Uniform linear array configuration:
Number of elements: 24
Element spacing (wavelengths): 0.5
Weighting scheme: hann
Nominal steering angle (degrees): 30
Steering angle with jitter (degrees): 30.603
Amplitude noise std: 0.05
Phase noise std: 0.05

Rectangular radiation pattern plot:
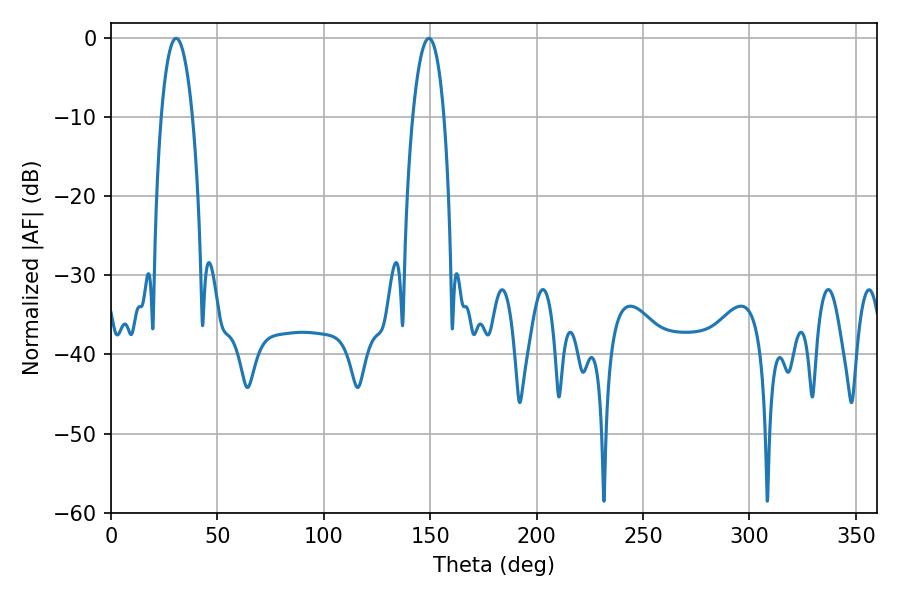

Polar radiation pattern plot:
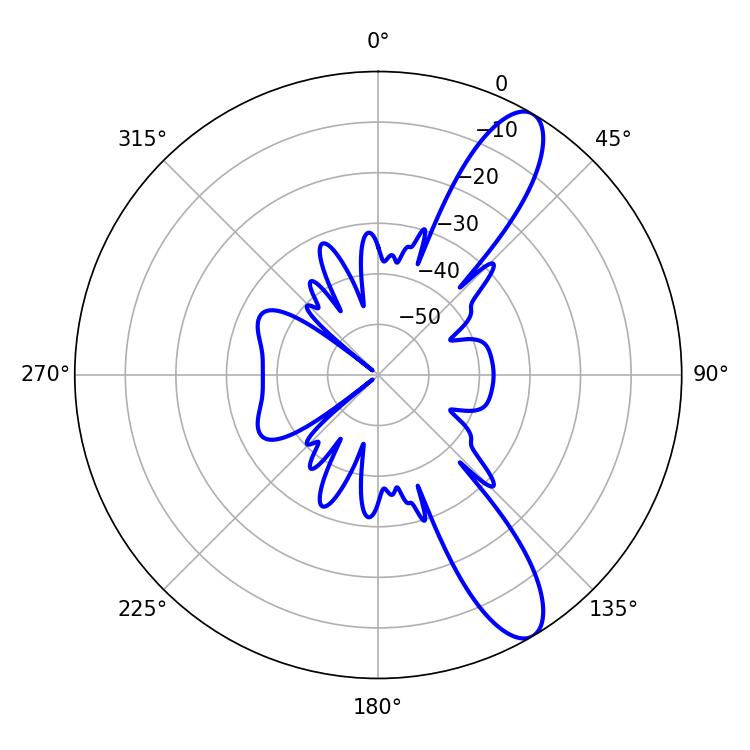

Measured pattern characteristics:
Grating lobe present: FALSE
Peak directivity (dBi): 11.078
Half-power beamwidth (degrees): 8.1
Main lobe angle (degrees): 30.6